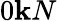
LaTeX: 0\mathbf{k}N